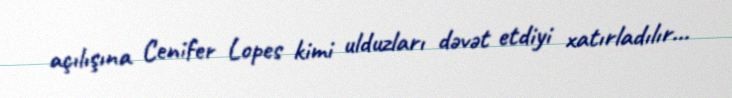
açılışına Cenifer Lopes kimi ulduzları dəvət etdiyi xatırladılır...